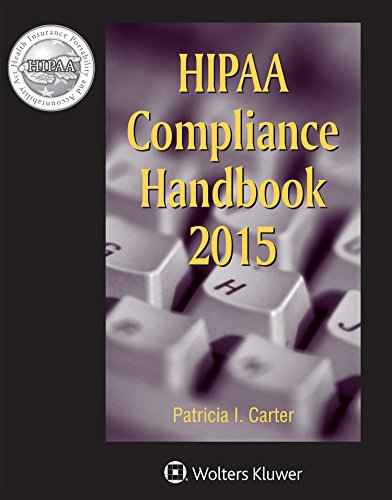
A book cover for HIPAA Compliance Handbook; Patricia I. Carter; Law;